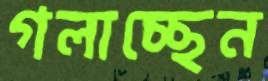
গলাচ্ছেন